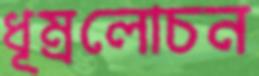
ধূম্রলোচন